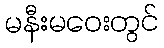
မနီးမဝေးတွင်